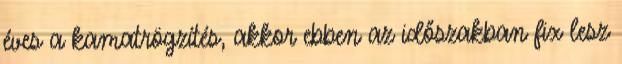
éves a kamatrögzítés, akkor ebben az időszakban fix lesz